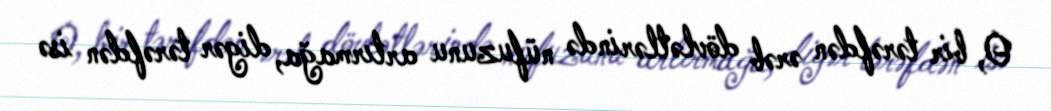
O, bir tərəfdən ərəb dövlətlərində nüfuzunu artırmağa, digər tərəfdən isə